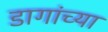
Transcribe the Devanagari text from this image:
डागांच्या